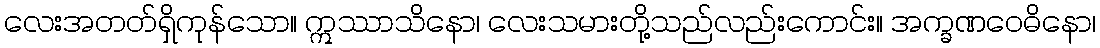
လေးအတတ်ရှိကုန်သော။ ဣဿာသိနော၊ လေးသမားတို့သည်လည်းကောင်း။ အက္ခဏဝေဓိနော၊